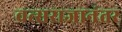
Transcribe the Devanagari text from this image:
वत्सराजानंतर